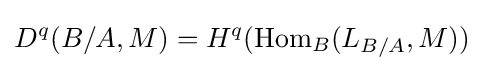
D^{q}(B/A,M)=H^{q}(\operatorname {Hom} _{B}(L_{B/A},M))